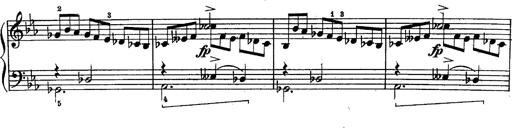
Title: Schubert's Impromptus [revised and edited by Franz Liszt]
Composer: Franz Liszt